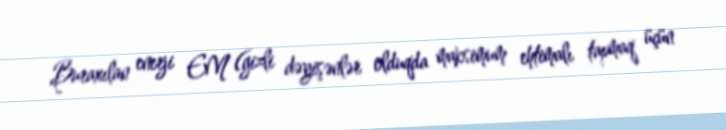
Buraxılan enerji EM (gizli dəyişənlər olduqda maksimum ehtimalı tapmaq üçün